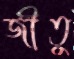
জীতু